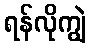
ရန်လိုကျွဲ